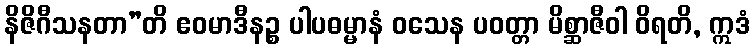
နိဇိဂီသနတာ”တိ ဧဝမာဒီနဉ္စ ပါပဓမ္မာနံ ဝသေန ပဝတ္တာ မိစ္ဆာဇီဝါ ဝိရတိ, ဣဒံ